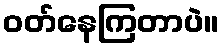
ဝတ်နေကြတာပဲ။